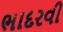
ભાદરવી